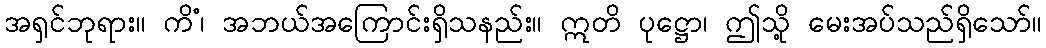
အရှင်ဘုရား။ ကိံ၊ အဘယ်အကြောင်းရှိသနည်း။ ဣတိ ပုဋ္ဌော၊ ဤသို့ မေးအပ်သည်ရှိသော်။